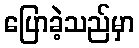
ပြောခဲ့သည်မှာ